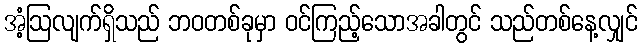
အံ့ဩလျက်ရှိသည် ဘဝတစ်ခုမှာ ဝင်ကြည့်သောအခါတွင် သည်တစ်နေ့လျှင်